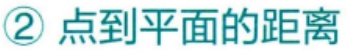
\textcircled{2} 点到平面的距离